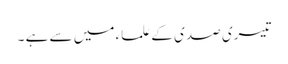
تیسری صدی کے علماء میں سے ہے ۔